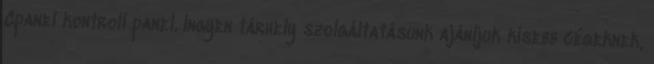
Cpanel kontroll panel. Ingyen tárhely szolgáltatásunk ajánljuk kisebb cégeknek,